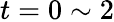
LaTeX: t=0\sim 2